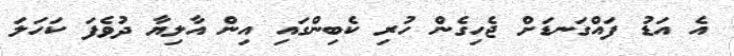
އެ އަޑު ފައްގަނޑަށް ޖެހިގެން ހުރި ކެބިންގައި އިން އާލިޔާ ދުވެފަ ކަހަލަ